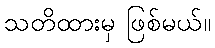
သတိထားမှ ဖြစ်မယ်။